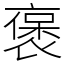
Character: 褒